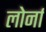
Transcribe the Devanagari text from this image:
लोर्ना